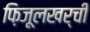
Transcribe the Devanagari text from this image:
फ़िजूलखर्ची